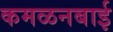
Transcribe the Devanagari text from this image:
कमळनबाई